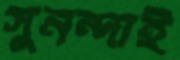
সুনন্দাই